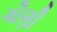
ગૌણી